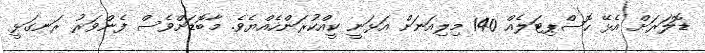
ޑޮލަރަށް އެޅޭ ހޮސްޕިޓަލެއް 140 މިލިއަނަށް އަޅަނީ ކީއްކުރަންހެއްޔެވެ. މާބޮޑަށްވެސް ފެންވަރު ރަނގަޅީ